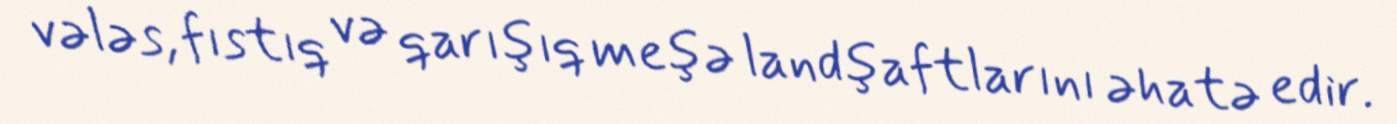
vələs, fıstıq və qarışıq meşə landşaftlarını əhatə edir.